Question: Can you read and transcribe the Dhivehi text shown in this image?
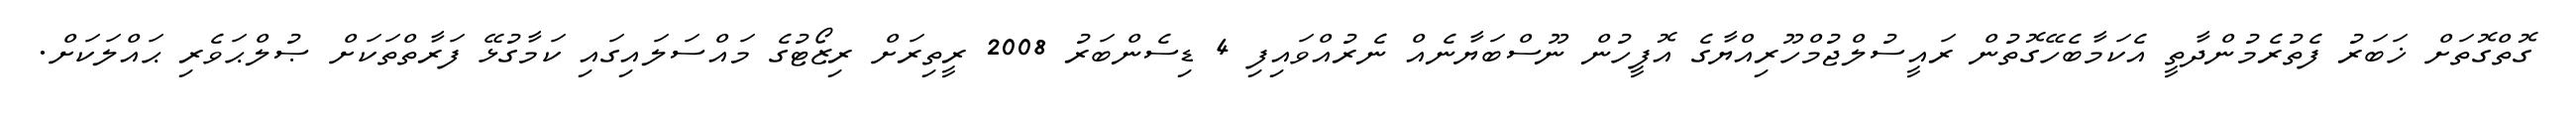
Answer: ގޮތްގޮތަށް ޚަބަރު ފެތުރެމުންދާތީ އެކަމާބެހޭގޮތުން ރައީސުލްޖުމްހޫރިއްޔާގެ އޮފީހުން ނޫސްބަޔާނެއް ނެރުއްވައިފި 4 ޑިސެންބަރު 2008 ރީތިރަށް ރިޒޯޓުގެ މައްސަލައިގައި ކަމާގުޅޭ ފަރާތްތަކަށް ޞުލްޙަވެރި ޙައްލަކަށް.